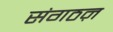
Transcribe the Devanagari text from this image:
संगठऩ